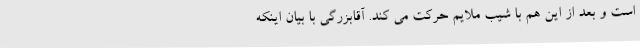
است و بعد از این هم با شیب ملایم حرکت می کند. آقابزرگی با بیان اینکه